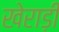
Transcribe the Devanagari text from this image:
खेराड़ी